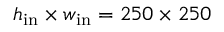
h _ { \mathrm { i n } } \times w _ { \mathrm { i n } } = 2 5 0 \times 2 5 0